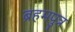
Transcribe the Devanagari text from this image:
ब्रहमपुत्र